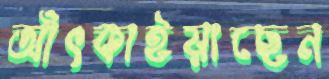
আঁৎকাইয়াছেন